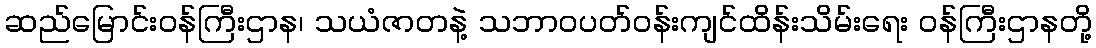
ဆည်မြောင်းဝန်ကြီးဌာန၊ သယံဇာတနဲ့ သဘာဝပတ်ဝန်းကျင်ထိန်းသိမ်းရေး ဝန်ကြီးဌာနတို့